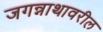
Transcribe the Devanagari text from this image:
जगन्नाथावरील